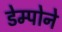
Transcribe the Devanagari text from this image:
डेम्पोने